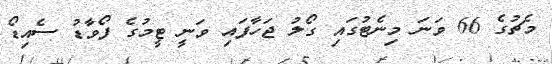
މެޗުގެ 66 ވަނަ މިނެޓުގައި ގޯލު ޖަހާފައި ވަނީ ޓީމުގެ ފޯވާޑު ސެއިޑޯ